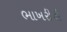
ભાખરીની